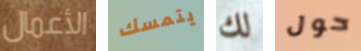
الأعمال يتمسك لك حول